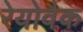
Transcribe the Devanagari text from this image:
रेयोवैक